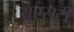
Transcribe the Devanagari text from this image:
यूएसटी